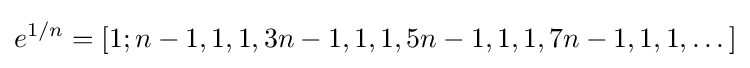
e^{1/n}=[1;n-1,1,1,3n-1,1,1,5n-1,1,1,7n-1,1,1,\dots ]\,\!